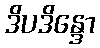
ဒိပဒိန္ဒော